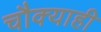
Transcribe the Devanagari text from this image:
चौक्याही